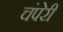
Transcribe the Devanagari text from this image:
चंपेरी